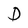
Character: D